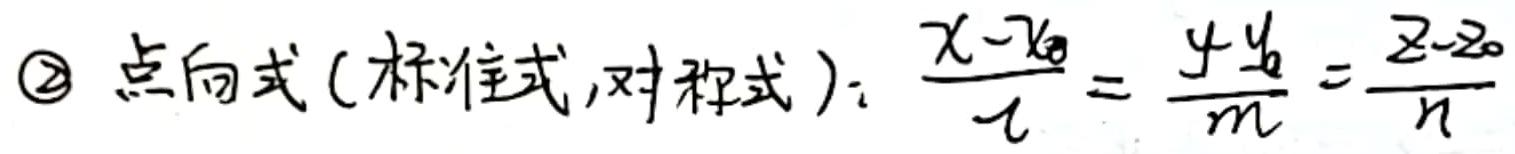
$\textcircled{2}$ 点向式 (标准式,对称式): $\frac{x - x_0}{l} = \frac{y - y_0}{m} = \frac{z - z_0}{n}$